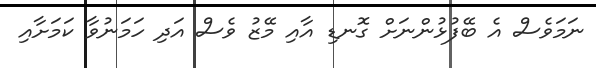
ނަމަވެސް އެ ބޭފުޅުންނަށް ގޮނޑި އާއި މޭޒު ވެސް އަދި ހަމަނުވާ ކަމަށާއި